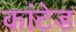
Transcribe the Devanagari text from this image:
कांटेड